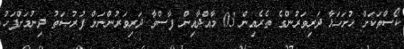
ކޯސްތަކަށް ހުށަހަޅާ ދަރިވަރުންގެ ތެރެއިން 03 މާއްދާއިން ފާސްވާ ދަރިވަރުންނަށް ފުރުޞަތު ދިނުމަށްފަހު